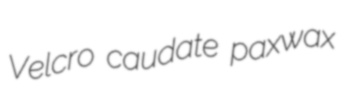
Velcro caudate paxwax